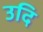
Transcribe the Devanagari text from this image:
उदि